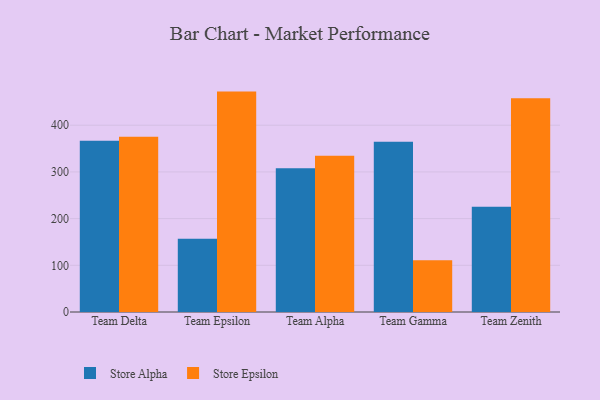
{"axis": {"x": "Team", "y": "Waste Production (Tons)"}, "legend": ["Store Alpha", "Store Epsilon"], "data": [{"x": "Team Delta", "y": 367.0, "type": "Store Alpha"}, {"x": "Team Delta", "y": 375.5, "type": "Store Epsilon"}, {"x": "Team Epsilon", "y": 157.0, "type": "Store Alpha"}, {"x": "Team Epsilon", "y": 472.0, "type": "Store Epsilon"}, {"x": "Team Alpha", "y": 307.9, "type": "Store Alpha"}, {"x": "Team Alpha", "y": 334.7, "type": "Store Epsilon"}, {"x": "Team Gamma", "y": 364.4, "type": "Store Alpha"}, {"x": "Team Gamma", "y": 110.8, "type": "Store Epsilon"}, {"x": "Team Zenith", "y": 225.3, "type": "Store Alpha"}, {"x": "Team Zenith", "y": 457.6, "type": "Store Epsilon"}]}